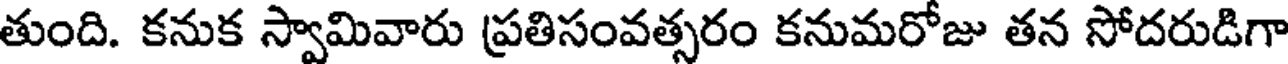
తుంది. కనుక స్వామివారు ప్రతిసంవత్సరం కనుమరోజు తన సోదరుడిగా